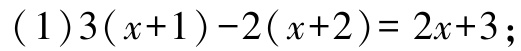
\((1)3(x + 1)-2(x + 2)=2x + 3;\)